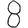
Digit: 8